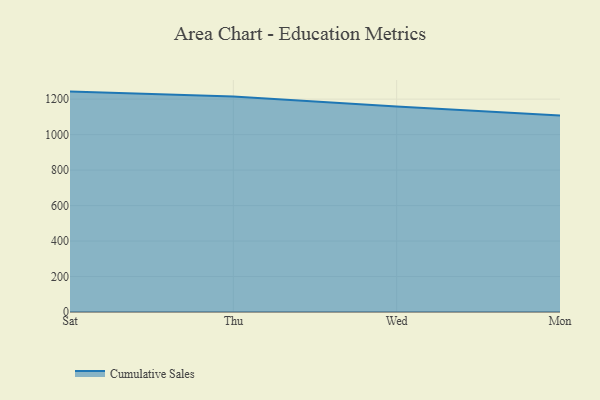
{"axis": {"x": "Day", "y": "Page Views"}, "legend": ["Cumulative Sales"], "data": [{"x": "Sat", "y": 1242.5, "type": "Cumulative Sales"}, {"x": "Thu", "y": 1214.4, "type": "Cumulative Sales"}, {"x": "Wed", "y": 1158.9, "type": "Cumulative Sales"}, {"x": "Mon", "y": 1108.0, "type": "Cumulative Sales"}]}